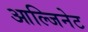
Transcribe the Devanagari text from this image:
आल्जिनेट